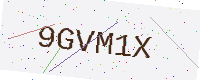
Text: 9GVM1X